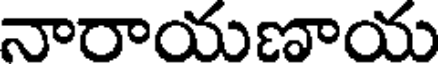
నారాయణాయ